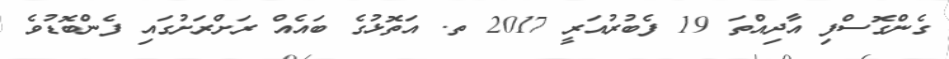
ގެންގޮސްފި އާދިއްތަ 19 ފެބުރުއަރީ 2017 ތ. އަތޮޅުގެ ބައެއް ރަށްރަށުގައި ފެންބޮޑުވެ